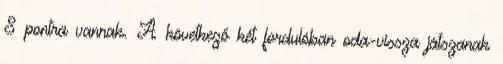
8 pontra vannak. A következő két fordulóban oda-vissza játszanak